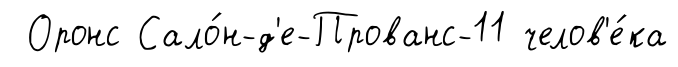
Оронс Сало́н-д'е-Прованс-11 челов'е́ка